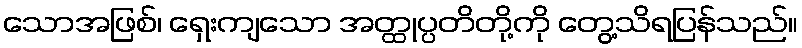
သောအဖြစ်၊ ရှေးကျသော အတ္ထုပ္ပတိတို့ကို တွေ့သိရပြန်သည်။